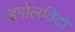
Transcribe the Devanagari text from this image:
खगोलविदो